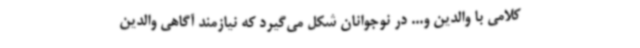
کلامی با والدین و... در نوجوانان شکل می‌گیرد که نیازمند آگاهی والدین